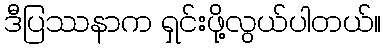
ဒီပြဿနာက ရှင်းဖို့လွယ်ပါတယ်။